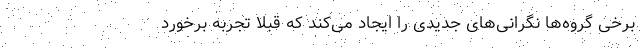
برخی گروه‌ها نگرانی‌های جدیدی را ایجاد می‌کند که قبلا تجربه برخورد